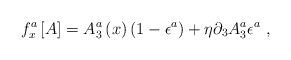
\begin{align*}f_{x}^{a} \left[A\right]=A_{3}^{a} \left(x\right)\left(1-\epsilon^{a}\right)+\eta \partial_{3}A_{3}^{a}\epsilon^{a} \ ,\end{align*}